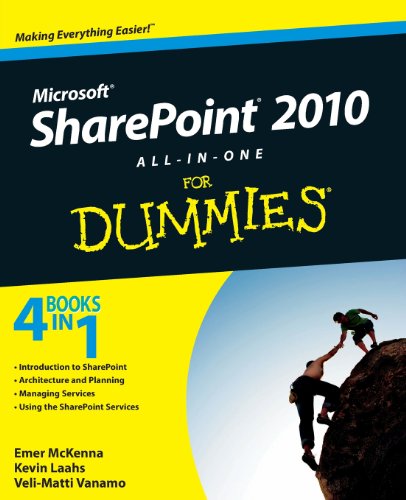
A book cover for SharePoint 2010 All-in-One For Dummies; Emer McKenna; Computers & Technology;